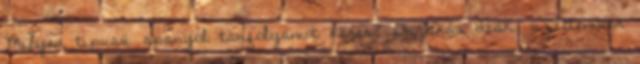
Milyen típusú spanyol tanfolyamot keres? Ön akár diák, üzletember